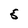
Character: 5